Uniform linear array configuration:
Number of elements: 12
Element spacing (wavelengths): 0.75
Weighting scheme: cosine
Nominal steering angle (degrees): -45
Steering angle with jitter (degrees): -43.103
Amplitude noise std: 0.05
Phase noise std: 0.05

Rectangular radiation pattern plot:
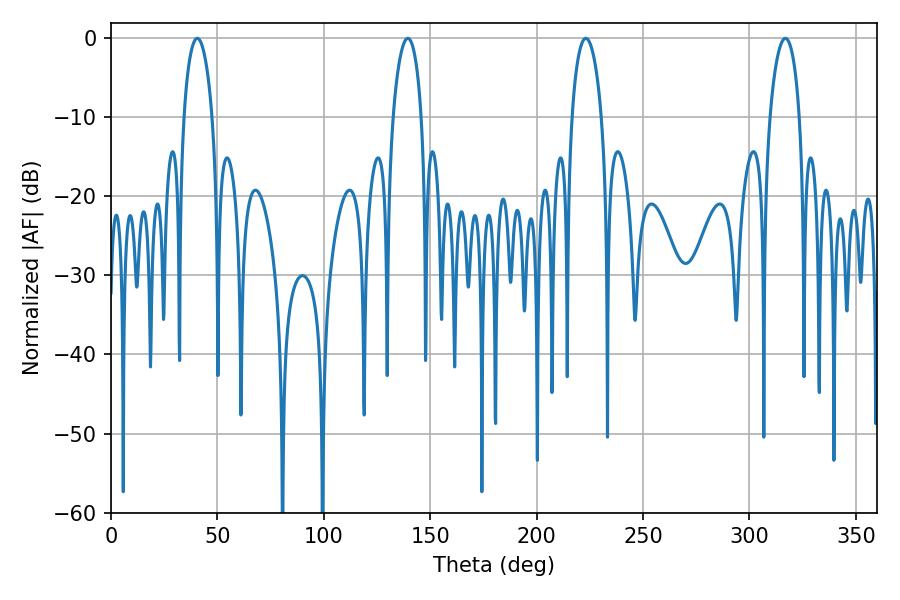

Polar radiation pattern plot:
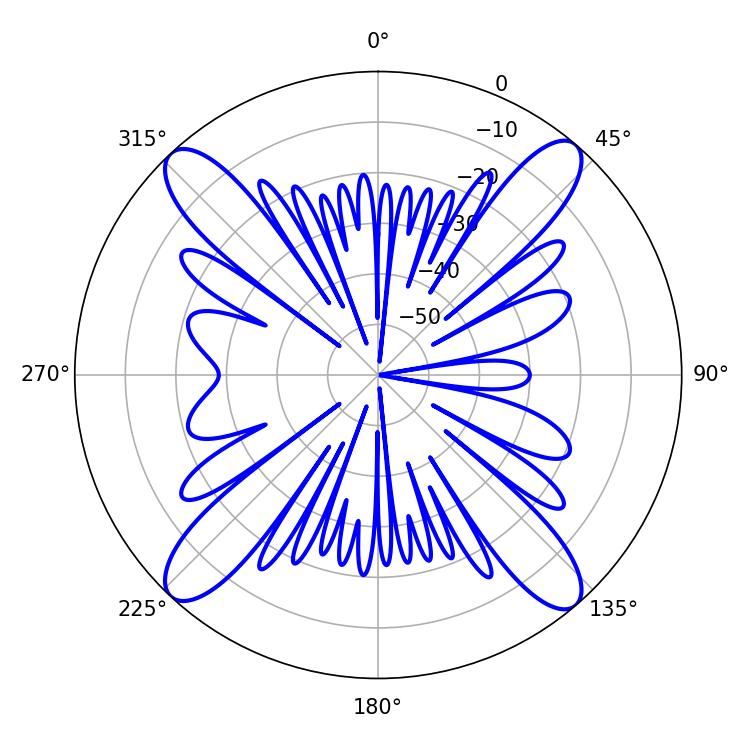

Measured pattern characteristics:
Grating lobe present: TRUE
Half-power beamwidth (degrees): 7.56
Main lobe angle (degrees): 40.5